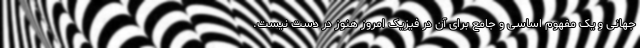
جهانی و یک مفهوم اساسی و جامع برای آن در فیزیک امروز هنوز در دست نیست.